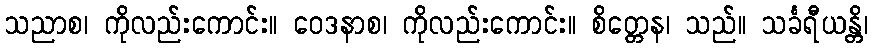
သညာစ၊ ကိုလည်းကောင်း။ ဝေဒနာစ၊ ကိုလည်းကောင်း။ စိတ္တေန၊ သည်။ သင်္ခရီယန္တိ၊